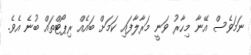
ނަމަވެސް އޭނާ މިހާރު ވަނީ މަރާލާފައި ކަމަށް ބައެއް ރިޕޯޓްތައް ބުނެ އެވެ.